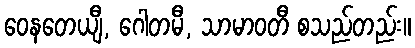
ဝေနတေယျီ, ဂေါတမီ, သာမာဝတီ စသည်တည်း။